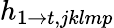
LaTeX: h_{1\rightarrow t,jklmp}